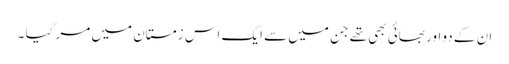
ان کے دو اور بھائی بھی تھے جن میں سے ایک اس زمستان میں مر گیا ۔